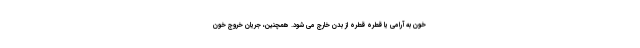
خون به آرامی یا قطره قطره از بدن خارج می شود. همچنین، جریان خروج خون